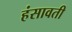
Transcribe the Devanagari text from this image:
हंसावती